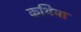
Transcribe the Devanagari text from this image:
कथिया